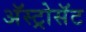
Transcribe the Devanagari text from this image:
अॅस्ट्रोसॅट